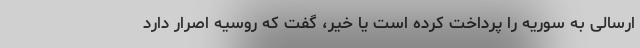
ارسالی به سوریه را پرداخت کرده است یا خیر، گفت که روسیه اصرار دارد